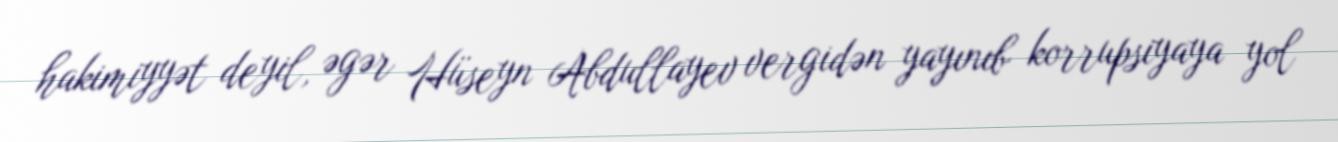
hakimiyyət deyil, əgər Hüseyn Abdullayev vergidən yayınıb korrupsiyaya yol